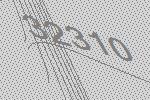
32310